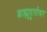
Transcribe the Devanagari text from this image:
ब्राह्मुहूर्तावर